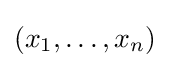
(x_{1},\dots ,x_{n})